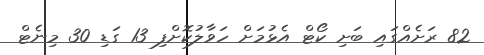
82 ރަށެއްގައި ބަށި ކޯޓް އެޅުމަށް ހަވާލުކޮށްފި 13 ގަޑި 30 މިނެޓް